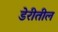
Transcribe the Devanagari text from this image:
डेरीतील